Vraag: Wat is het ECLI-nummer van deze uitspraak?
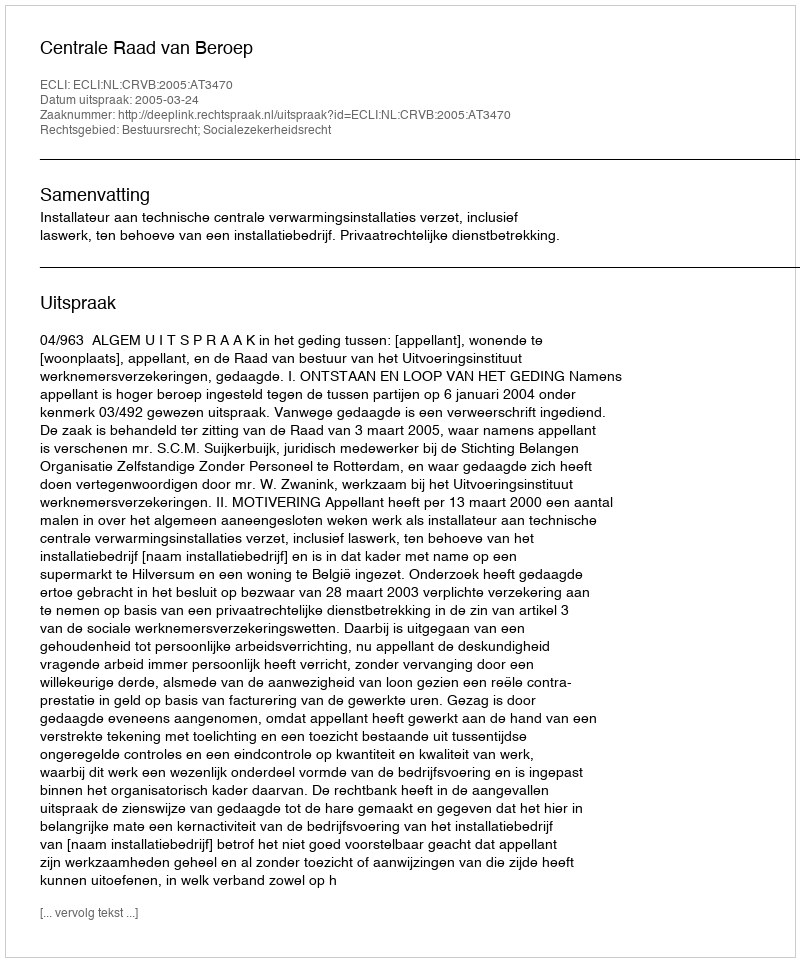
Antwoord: ECLI:NL:CRVB:2005:AT3470